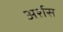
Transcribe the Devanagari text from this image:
अर्शस